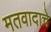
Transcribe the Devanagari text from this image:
मतवादाचे